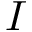
\boldsymbol { I }